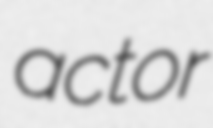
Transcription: actor